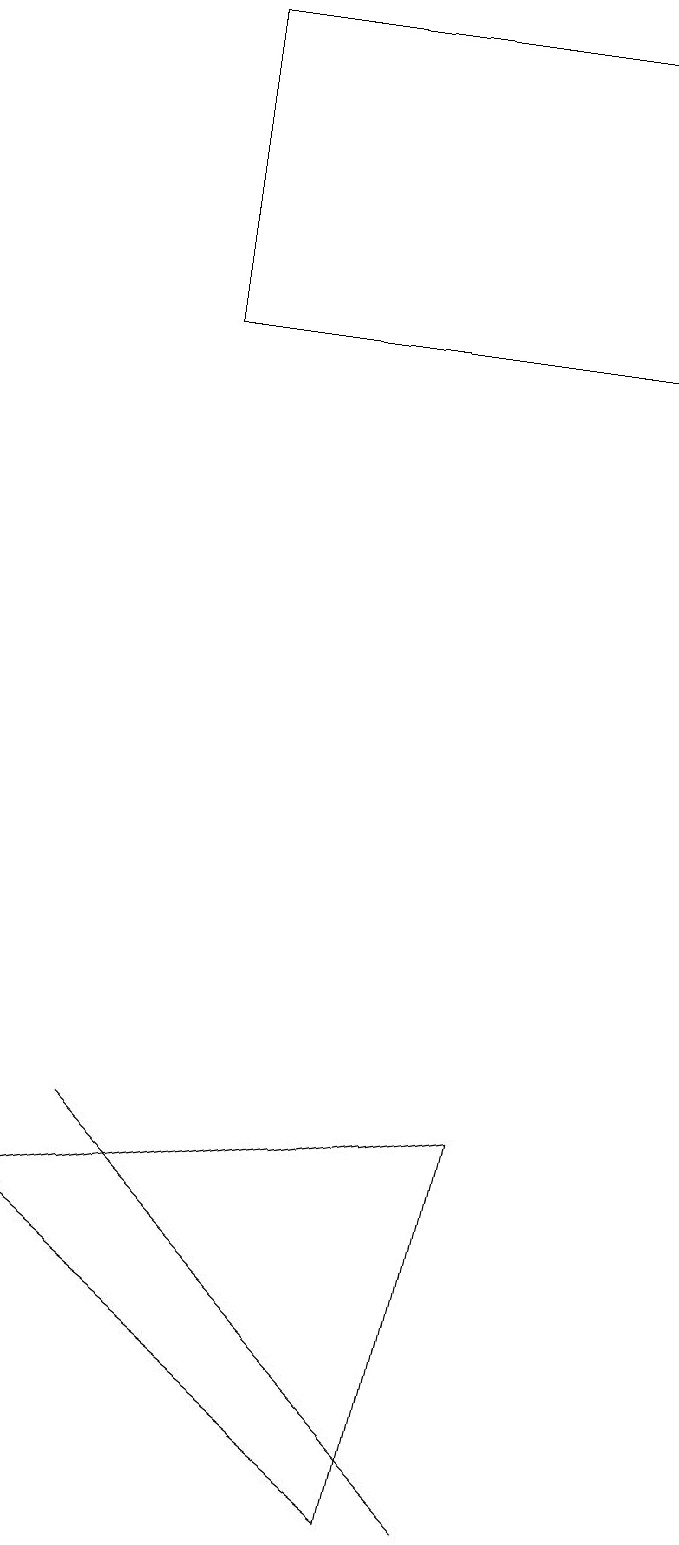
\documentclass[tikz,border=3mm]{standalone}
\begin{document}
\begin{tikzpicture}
\draw (6,0) -- (1,5) -- (5,1) -- cycle;
\draw (2,19) rectangle (8,15);
\draw (0,4) -- (6,5) -- (5,0) -- cycle;
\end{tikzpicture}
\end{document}